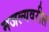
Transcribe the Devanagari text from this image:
मजल्यवरील